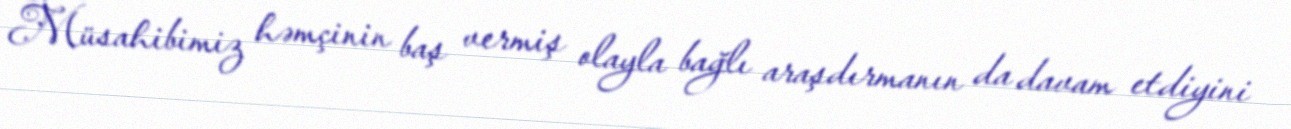
Müsahibimiz həmçinin baş vermiş olayla bağlı araşdırmanın da davam etdiyini